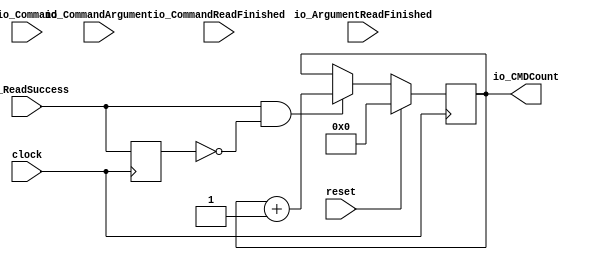
module SpiSlaveReceiverLedDebugger2(
  input         clock,
  input         reset,
  input         io_CommandReadFinished,
  input         io_ArgumentReadFinished,
  input         io_ReadSuccess,
  input  [5:0]  io_Command,
  input  [31:0] io_CommandArgument,
  output [5:0]  io_CMDCount
);
  reg [5:0] count; // @[SpiSlaveReceiverLedDebugger2.scala 19:24]
  reg [31:0] _RAND_0;
  reg  _T; // @[SpiSlaveReceiverLedDebugger2.scala 8:44]
  reg [31:0] _RAND_1;
  wire  _T_1; // @[SpiSlaveReceiverLedDebugger2.scala 8:36]
  wire  _T_2; // @[SpiSlaveReceiverLedDebugger2.scala 8:33]
  wire [5:0] _T_4; // @[SpiSlaveReceiverLedDebugger2.scala 22:24]
  assign _T_1 = _T == 1'h0; // @[SpiSlaveReceiverLedDebugger2.scala 8:36]
  assign _T_2 = io_ReadSuccess & _T_1; // @[SpiSlaveReceiverLedDebugger2.scala 8:33]
  assign _T_4 = count + 6'h1; // @[SpiSlaveReceiverLedDebugger2.scala 22:24]
  assign io_CMDCount = count; // @[SpiSlaveReceiverLedDebugger2.scala 20:17]
`ifdef RANDOMIZE_GARBAGE_ASSIGN
`define RANDOMIZE
`endif
`ifdef RANDOMIZE_INVALID_ASSIGN
`define RANDOMIZE
`endif
`ifdef RANDOMIZE_REG_INIT
`define RANDOMIZE
`endif
`ifdef RANDOMIZE_MEM_INIT
`define RANDOMIZE
`endif
`ifndef RANDOM
`define RANDOM $random
`endif
`ifdef RANDOMIZE_MEM_INIT
  integer initvar;
`endif
initial begin
  `ifdef RANDOMIZE
    `ifdef INIT_RANDOM
      `INIT_RANDOM
    `endif
    `ifndef VERILATOR
      `ifdef RANDOMIZE_DELAY
        #`RANDOMIZE_DELAY begin end
      `else
        #0.002 begin end
      `endif
    `endif
  `ifdef RANDOMIZE_REG_INIT
  _RAND_0 = {1{`RANDOM}};
  count = _RAND_0[5:0];
  `endif // RANDOMIZE_REG_INIT
  `ifdef RANDOMIZE_REG_INIT
  _RAND_1 = {1{`RANDOM}};
  _T = _RAND_1[0:0];
  `endif // RANDOMIZE_REG_INIT
  `endif // RANDOMIZE
end
  always @(posedge clock) begin
    if (reset) begin
      count <= 6'h0;
    end else begin
      if (_T_2) begin
        count <= _T_4;
      end
    end
    _T <= io_ReadSuccess;
  end
endmodule